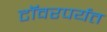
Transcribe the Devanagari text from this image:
टॉवरपर्यंत